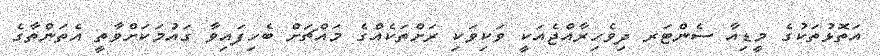
އަތޮޅުތަކުގެ މީޑިއާ ސެންޓަރ ދިވެހިރާއްޖެއަކީ ވަކިވަކި ރަށްތަކެއްގެ މައްޗަށް ބެހިފައިވާ ގައުމަކަށްވާތީ އެތަންތާގެ